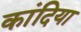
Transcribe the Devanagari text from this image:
कांदिया